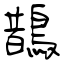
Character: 鵲